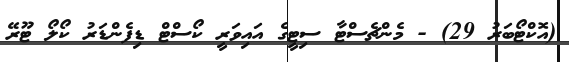
(އޮކްޓޯބަރު 29) - މެންޗެސްޓާ ސިޓީގެ އައިވަރީ ކޯސްޓް ޑިފެންޑަރު ކޯލޯ ޓޫރޭ